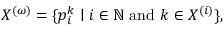
X ^ { ( \omega ) } = \{ p _ { i } ^ { k } \mid i \in \mathbb { N } { \mathrm { ~ a n d ~ } } k \in X ^ { ( i ) } \} ,